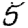
Digit: 5